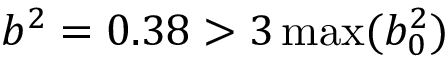
b ^ { 2 } = 0 . 3 8 > 3 \operatorname* { m a x } ( b _ { 0 } ^ { 2 } )